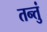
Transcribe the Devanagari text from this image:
तन्तुं